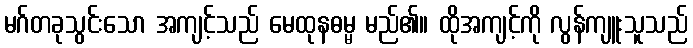
မဂ်တခုသွင်းသော အကျင့်သည် မေထုနဓမ္မ မည်၏။ ထိုအကျင့်ကို လွန်ကျူးသူသည်